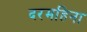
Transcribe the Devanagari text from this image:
दरमहिना